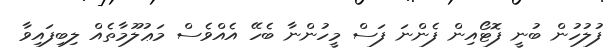
ފުލުހުން ބުނީ ފޮޓޯއިން ފެންނަ ފަސް މީހުންނާ ބެހޭ އެއްވެސް މަޢުލޫމާތެއް ލިބިފައިވާ